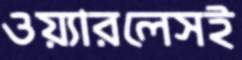
ওয়্যারলেসই